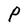
Character: P